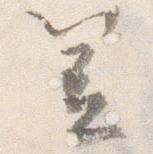
笠